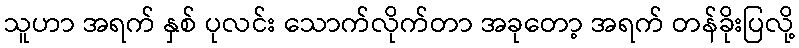
သူဟာ အရက် နှစ် ပုလင်း သောက်လိုက်တာ အခုတော့ အရက် တန်ခိုးပြလို့